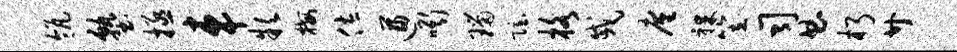
瓴塾拯车款梅佐遒嘶瑙隐格戚廑裸笠司曲朽廿